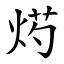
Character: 烵